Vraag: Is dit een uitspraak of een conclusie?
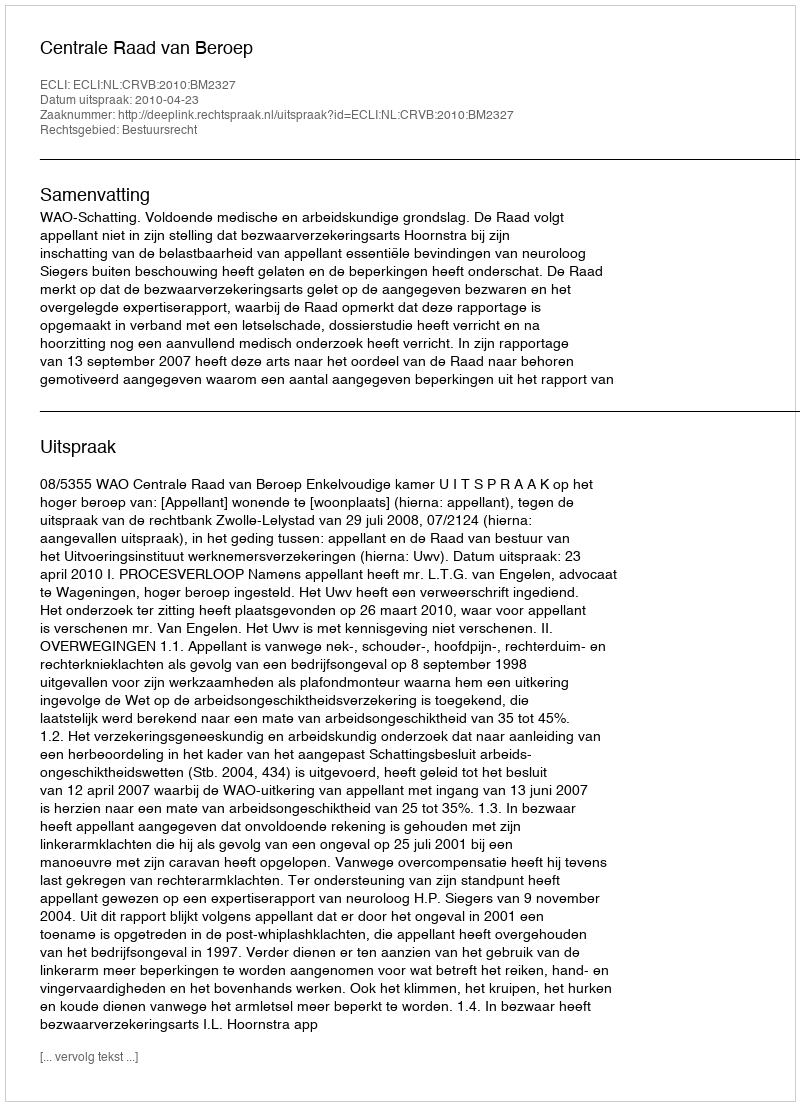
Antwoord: Uitspraak